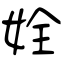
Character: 姾